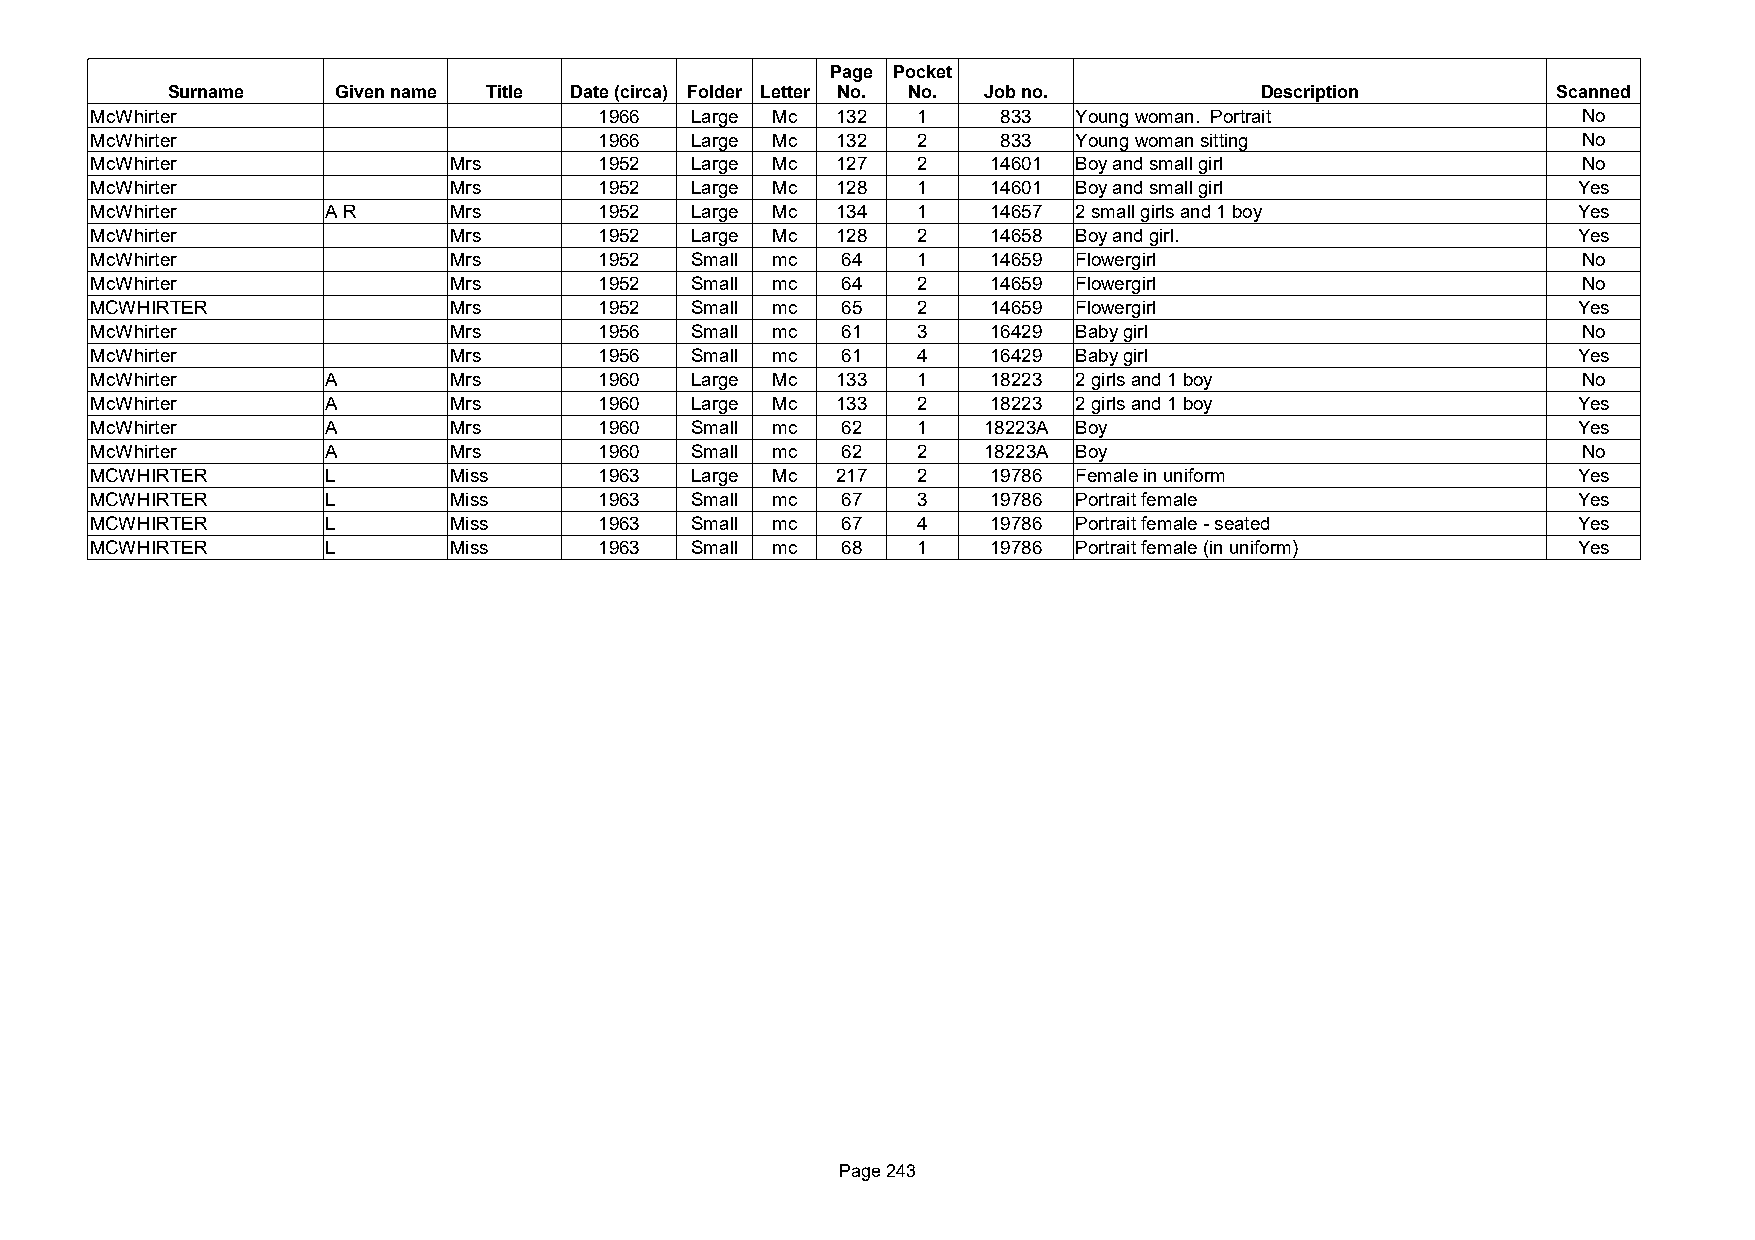
Page Pocket
 Surname    Given name Title Date (circa) Folder Letter No. No. Job no.  Description         Scanned
 McWhirter                         1966  Large Mc 132   1    833  Young woman. Portrait             No
 McWhirter                         1966  Large Mc 132   2    833  Young woman sitting               No
 McWhirter               Mrs       1952  Large Mc 127   2    14601 Boy and small girl               No
 McWhirter               Mrs       1952  Large Mc 128   1    14601 Boy and small girl              Yes
 McWhirter       A R     Mrs       1952  Large Mc 134   1    14657 2 small girls and 1 boy         Yes
 McWhirter               Mrs       1952  Large Mc 128   2    14658 Boy and girl.                   Yes
 McWhirter               Mrs       1952  Small mc  64   1    14659 Flowergirl                       No
 McWhirter               Mrs       1952  Small mc  64   2    14659 Flowergirl                       No
 MCWHIRTER               Mrs       1952  Small mc  65   2    14659 Flowergirl                      Yes
 McWhirter               Mrs       1956  Small mc  61   3    16429 Baby girl                        No
 McWhirter               Mrs       1956  Small mc  61   4    16429 Baby girl                       Yes
 McWhirter       A       Mrs       1960  Large Mc 133   1    18223 2 girls and 1 boy                No
 McWhirter       A       Mrs       1960  Large Mc 133   2    18223 2 girls and 1 boy               Yes
 McWhirter       A       Mrs       1960  Small mc  62   1   18223A Boy                             Yes
 McWhirter       A       Mrs       1960  Small mc  62   2   18223A Boy                              No
 MCWHIRTER       L       Miss      1963  Large Mc 217   2    19786 Female in uniform               Yes
 MCWHIRTER       L       Miss      1963  Small mc  67   3    19786 Portrait female                 Yes
 MCWHIRTER       L       Miss      1963  Small mc  67   4    19786 Portrait female - seated        Yes
 MCWHIRTER       L       Miss      1963  Small mc  68   1    19786 Portrait female (in uniform)    Yes
 Page 243